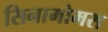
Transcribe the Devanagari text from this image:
सिनामोमस